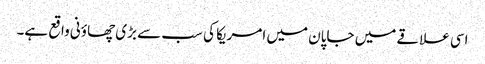
اسی علاقے میں جاپان میں امریکا کی سب سے بڑی چھاؤنی واقع ہے۔